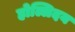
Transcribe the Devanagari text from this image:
होल्लिदय